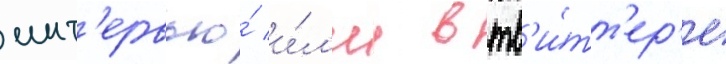
инт'ервью́ и́л'и в тв'и́тт'ер'е